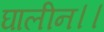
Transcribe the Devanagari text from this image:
घालीन।।